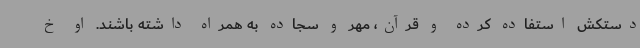
دستکش استفاده کرده و قرآن، مهر و سجاده به همراه داشته باشند. او خ